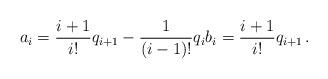
LaTeX: \begin{align*}a_i = \frac{i+1}{i!} q_{i+1} - \frac{1}{(i-1)!}q_i b_i = \frac{i+1}{i!} q_{i+1} \,.\end{align*}